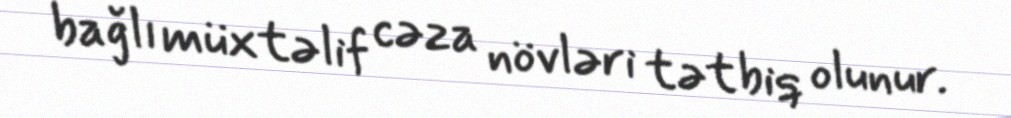
bağlı müxtəlif cəza növləri tətbiq olunur.